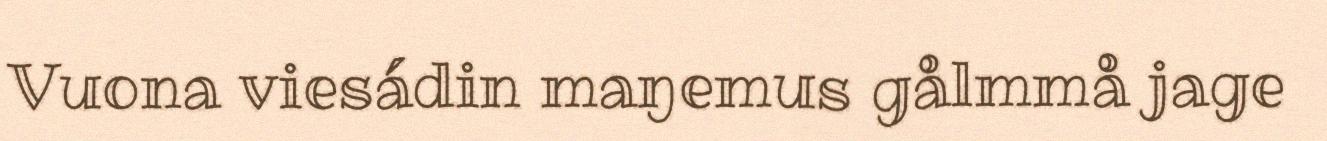
Vuona viesádin maŋemus gålmmå jage